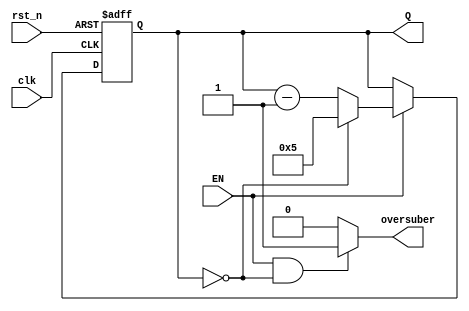
`timescale 1ns / 1ps
//////////////////////////////////////////////////////////////////////////////////
// Company: 
// Engineer: 
// 
// Design Name: 
// Module Name: suberFrom6
// Project Name: 
// Target Devices: 
// Tool Versions: 
// Description: 
// 
// Dependencies: 
// 
// Revision:
// Revision 0.01 - File Created
// Additional Comments:
// 
//////////////////////////////////////////////////////////////////////////////////


module suberFrom6(clk,rst_n,EN,oversuber,Q
    );
    input clk,rst_n;
    input EN;                //
    output oversuber;      //
    output reg [3:0] Q;      // 
        
      
          always @(posedge clk or negedge rst_n) 
               begin
                   if (!rst_n)       
                     begin 
                      Q<=4'b0000;
                    end         
                   else if(EN==1)  
                     begin
                          if (Q==4'b0000)    
                               begin 
                                 Q<=4'b0101;    
                               end
                          else Q<=Q-4'b0001;      
                      end
               end
               assign oversuber=((EN==1)&&(Q==0))?1'b1:1'b0;
        
endmodule